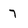
Character: 7